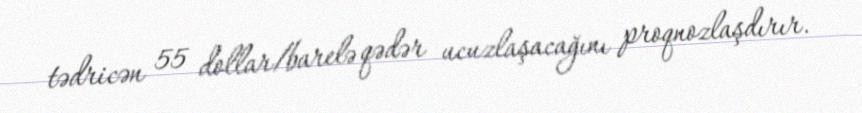
tədricən 55 dollar/barelə qədər ucuzlaşacağını proqnozlaşdırır.